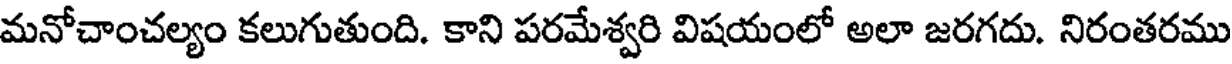
మనోచాంచల్యం కలుగుతుంది. కాని పరమేశ్వరి విషయంలో అలా జరగదు. నిరంతరము